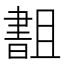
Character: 𬁫